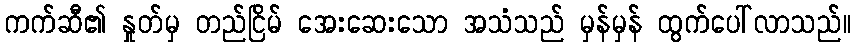
ကက်ဆီ၏ နှုတ်မှ တည်ငြိမ် အေးဆေးသော အသံသည် မှန်မှန် ထွက်ပေါ်လာသည်။